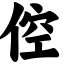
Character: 倥